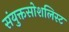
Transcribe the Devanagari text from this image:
संयुक्तसोशलिस्ट